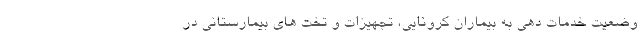
وضعیت خدمات دهی به بیماران کرونایی، تجهیزات و تخت های بیمارستانی در